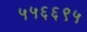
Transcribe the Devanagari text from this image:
५५६६९५